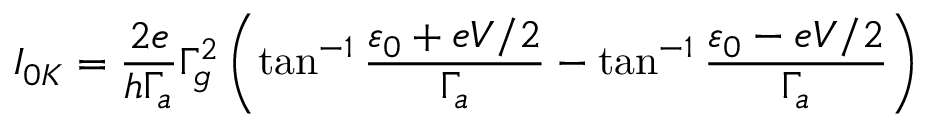
I _ { 0 K } = \frac { 2 e } { h \Gamma _ { a } } \Gamma _ { g } ^ { 2 } \left( \tan ^ { - 1 } \frac { \varepsilon _ { 0 } + e V / 2 } { \Gamma _ { a } } - \tan ^ { - 1 } \frac { \varepsilon _ { 0 } - e V / 2 } { \Gamma _ { a } } \right)